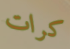
كرات